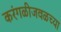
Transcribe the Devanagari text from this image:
करंगळीजवळच्या